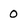
Character: 0